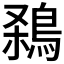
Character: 𪁁